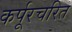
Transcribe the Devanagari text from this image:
कर्पूरचरित